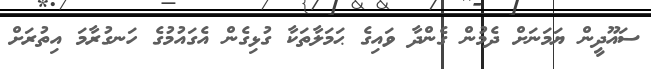
ސައޫދީން ޔަމަނަށް ދެމުން ގެންދާ ވައިގެ ޙަމަލާތަކާ ގުޅިގެން އެގައުމުގެ ހަނގުރާމަ އިތުރަށް